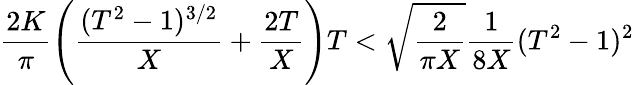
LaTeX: \frac{2K}{\pi}\left(\frac{(T^{2}-1)^{3/2}}{X}+\frac{2T}{X}\right)T<\sqrt{\frac{2}{\pi X}}\frac{1}{8X}(T^{2}-1)^{2}